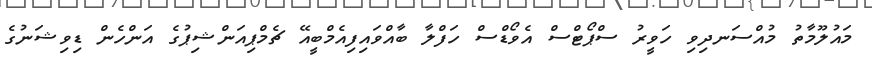
މައުލޫމާތު މުއްސަނދިވި ހަވީރު ސްޕޯޓްސް އެވޯޑްސް ހަފްލާ ބާއްވައިފިއެމްބީއޭ ޗެމްޕިއަންޝިޕުގެ އަންހެން ޑިވިޝަނުގެ